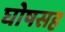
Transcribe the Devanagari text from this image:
घोषसह